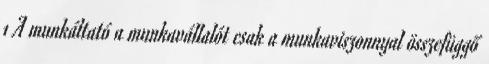
1 A munkáltató a munkavállalót csak a munkaviszonnyal összefüggő